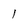
Character: l